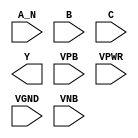
module sky130_fd_sc_hdll__nand3b (
    //# {{data|Data Signals}}
    input  A_N ,
    input  B   ,
    input  C   ,
    output Y   ,

    //# {{power|Power}}
    input  VPB ,
    input  VPWR,
    input  VGND,
    input  VNB
);
endmodule